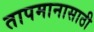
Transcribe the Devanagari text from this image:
तापमानासाठी